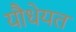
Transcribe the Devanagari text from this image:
यौधेयत